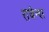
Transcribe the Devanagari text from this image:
राजेन्दर